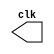
module Clock (
    output reg clk
);
 
    initial begin
        clk = 1;
    end

    always begin 
        #100 clk = ~clk;
    end

endmodule